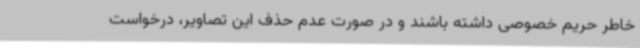
خاطر حریم خصوصی داشته باشند و در صورت عدم حذف این تصاویر، درخواست